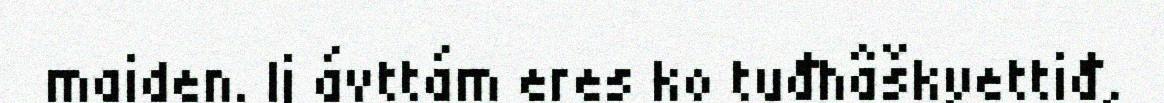
maiden. Ij ávttám eres ko tuđhâškyettiđ,